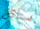
سنأكل